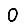
Digit: 0